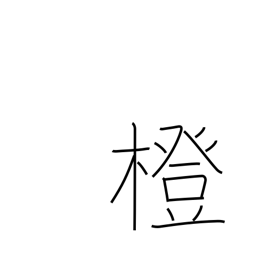
Meaning: bitter orange